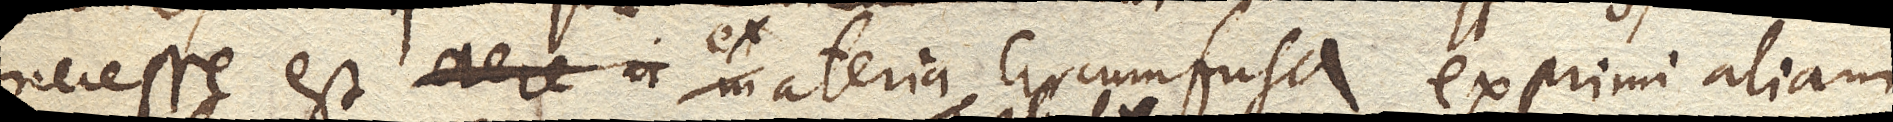
necesse est aere in ex materia circumfusa exprimi aliam